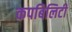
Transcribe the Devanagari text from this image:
कपबिलिटी